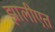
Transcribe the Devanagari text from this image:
झालीएत